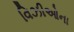
વિઝીઓના